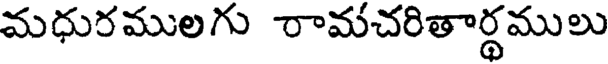
మధురములగు రామచరితార్థములు